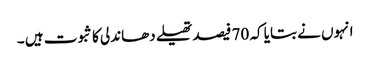
انہوں نے بتایا کہ 70 فیصد تھیلے دھاندلی کا ثبوت ہیں ۔